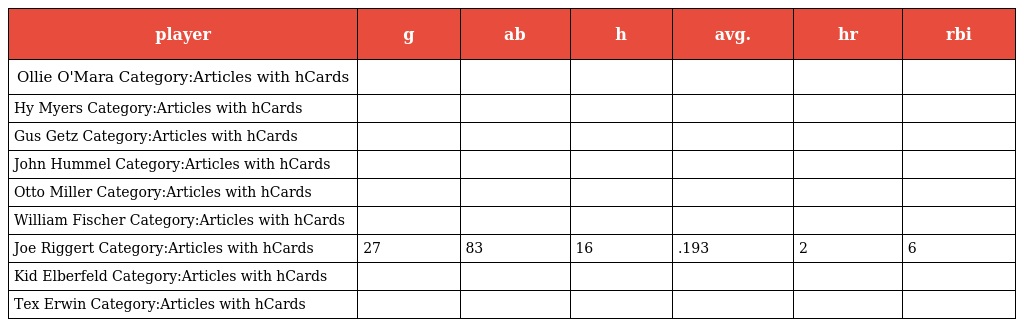
| player | g | ab | h | avg. | hr | rbi |
 | --- | --- | --- | --- | --- | --- | --- |
 | Ollie O'Mara Category:Articles with hCards |  |  |  |  |  |  |
 | Hy Myers Category:Articles with hCards |  |  |  |  |  |  |
 | Gus Getz Category:Articles with hCards |  |  |  |  |  |  |
 | John Hummel Category:Articles with hCards |  |  |  |  |  |  |
 | Otto Miller Category:Articles with hCards |  |  |  |  |  |  |
 | William Fischer Category:Articles with hCards |  |  |  |  |  |  |
 | Joe Riggert Category:Articles with hCards | 27 | 83 | 16 | .193 | 2 | 6 |
 | Kid Elberfeld Category:Articles with hCards |  |  |  |  |  |  |
 | Tex Erwin Category:Articles with hCards |  |  |  |  |  |  |